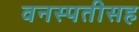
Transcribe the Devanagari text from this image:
वनस्पतीसह